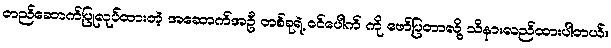
တည်ဆောက်ပြုလုပ်ထားတဲ့ အဆောက်အဦ တစ်ခုရဲ့ ဝင်ပေါက် ကို ဖော်ပြတာလို့ သိနားလည်ထားပါတယ်။